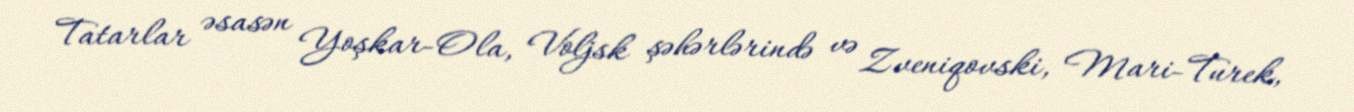
Tatarlar əsasən Yoşkar-Ola, Voljsk şəhərlərində və Zveniqovski, Mari-Turek,